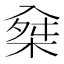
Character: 𠓲